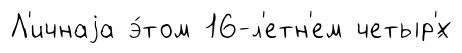
Л'ичнаjа э́том 16-л'етн'ем четыр'́х